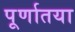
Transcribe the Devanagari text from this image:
पूर्णातया